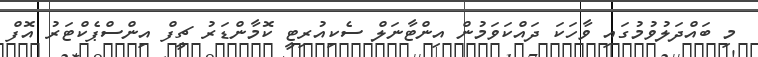
މި ބައްދަލުވުމުގައި ވާހަކަ ދައްކަވަމުން އިންޓާނަލް ސެކިއުރިޓީ ކޮމާންޑަރު ޗީފް އިންސްޕެކްޓަރު އޮފް